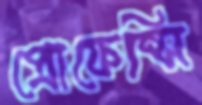
প্রোফেন্সি